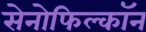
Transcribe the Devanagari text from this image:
सेनोफिल्कॉन